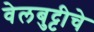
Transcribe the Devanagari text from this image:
वेलबुट्टीचे